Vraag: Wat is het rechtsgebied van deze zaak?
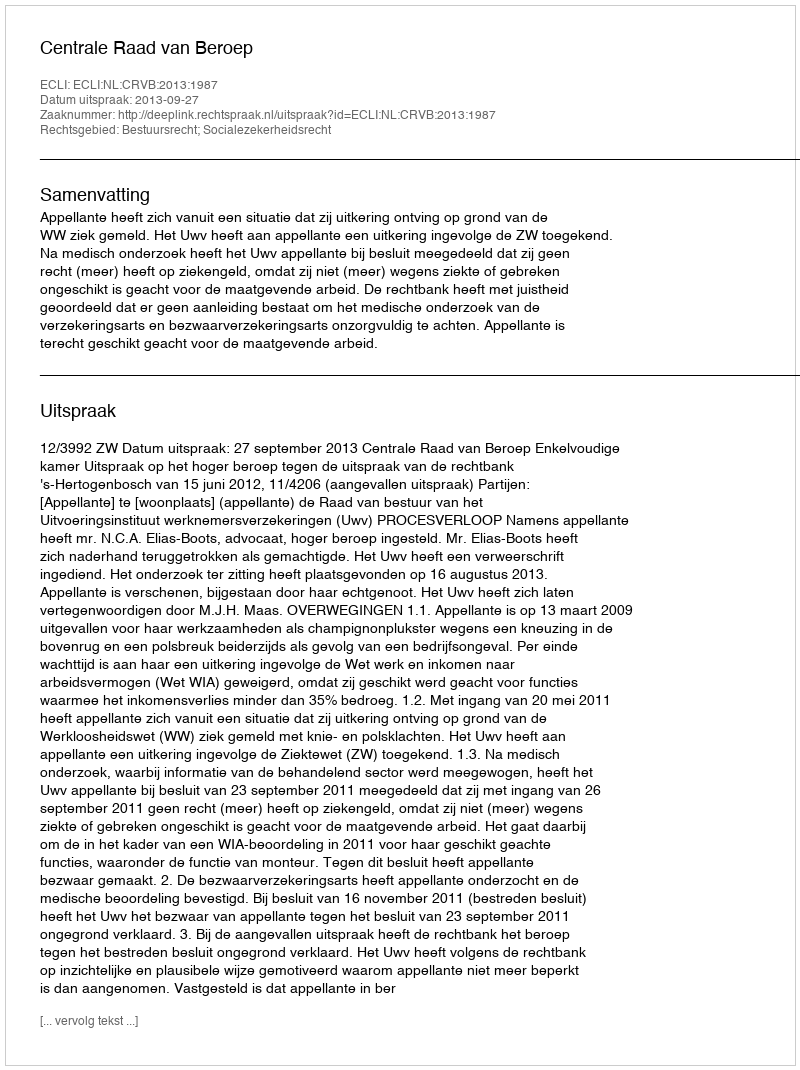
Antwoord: Bestuursrecht; Socialezekerheidsrecht